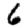
Digit: 6